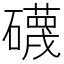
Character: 礣